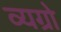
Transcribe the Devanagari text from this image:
व्यग्रो